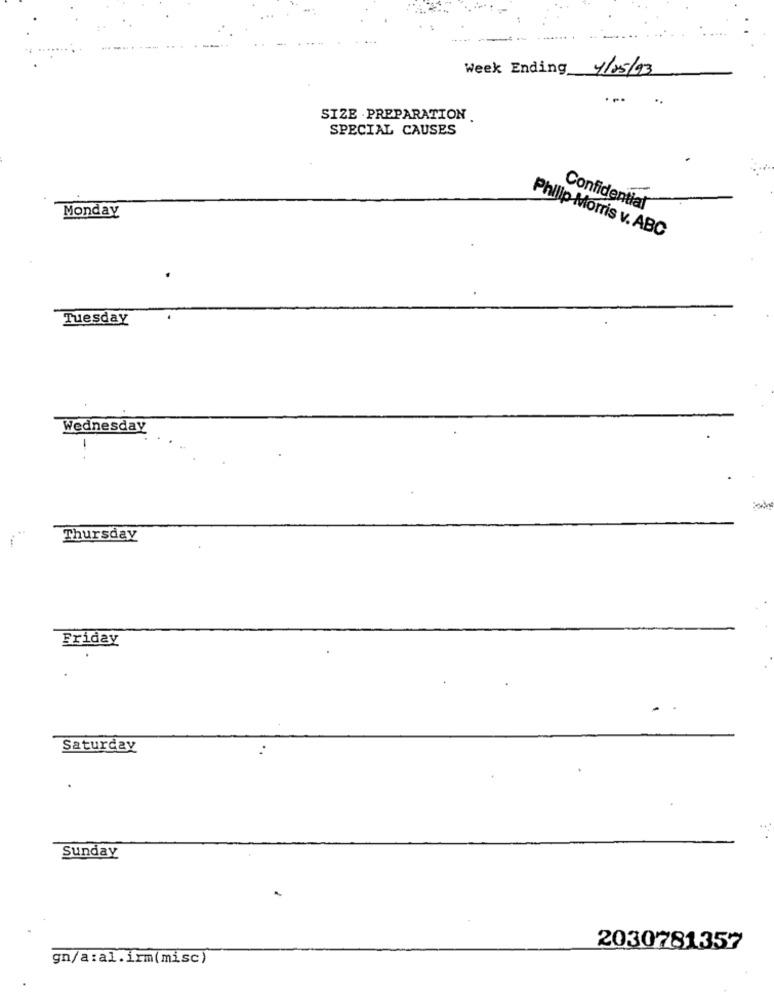
Week Ending 4/05/93
SIZE . PREPARATION
SPECIAL CAUSES
Monday
Confidential
Philip Morris v. ABC
Tuesday
Wednesday
-
Thursday
Friday
Saturday
Sunday
2030781357
gn/a:al.irm(misc)